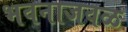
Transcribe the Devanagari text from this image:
भवनाजवळ